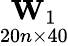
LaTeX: \underset{20n\times 40}{\mathbf{W}_{1}}